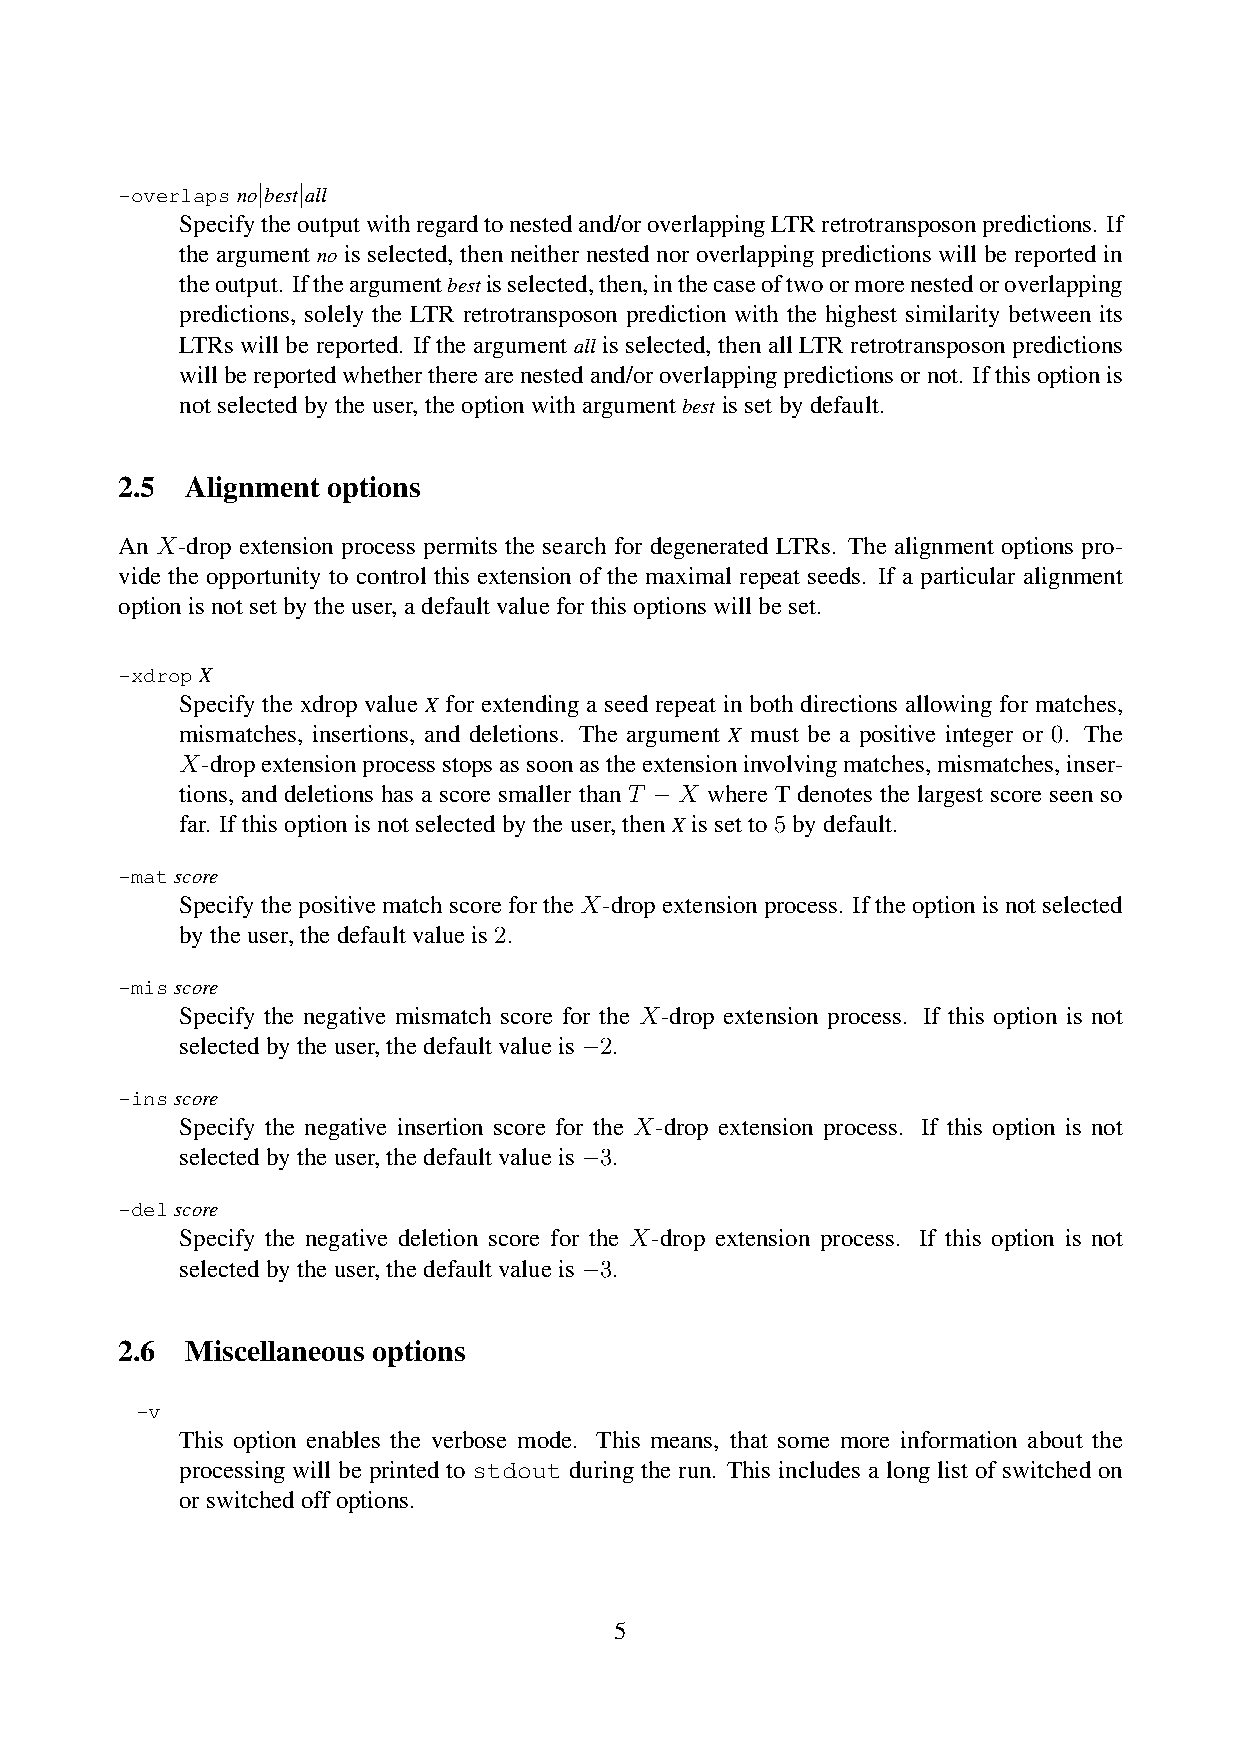
-overlapsno|best|all
 Specifytheoutputwithregardtonestedand/oroverlappingLTRretrotransposonpredictions. If
 the argument no is selected, then neither nested nor overlapping predictions will be reported in
 theoutput. Iftheargumentbestisselected,then,inthecaseoftwoormorenestedoroverlapping
 predictions, solely the LTR retrotransposon prediction with the highest similarity between its
 LTRs will be reported. If the argument all is selected, then all LTR retrotransposon predictions
 willbereportedwhethertherearenestedand/oroverlappingpredictionsornot. Ifthisoptionis
 notselectedbytheuser,theoptionwithargumentbest issetbydefault.
 2.5 Alignment options
 An X-drop extension process permits the search for degenerated LTRs. The alignment options pro-
 vide the opportunity to control this extension of the maximal repeat seeds. If a particular alignment
 optionisnotsetbytheuser,adefaultvalueforthisoptionswillbeset.
 -xdropX
 Specify the xdrop value X for extending a seed repeat in both directions allowing for matches,
 mismatches, insertions, and deletions. The argument X must be a positive integer or 0. The
 X-dropextensionprocessstopsassoonastheextensioninvolvingmatches,mismatches,inser-
 tions, and deletions has a score smaller than T −X where T denotes the largest score seen so
 far. Ifthisoptionisnotselectedbytheuser,thenX issetto5bydefault.
 -matscore
 SpecifythepositivematchscorefortheX-dropextensionprocess. Iftheoptionisnotselected
 bytheuser,thedefaultvalueis2.
 -misscore
 Specify the negative mismatch score for the X-drop extension process. If this option is not
 selectedbytheuser,thedefaultvalueis−2.
 -insscore
 Specify the negative insertion score for the X-drop extension process. If this option is not
 selectedbytheuser,thedefaultvalueis−3.
 -delscore
 Specify the negative deletion score for the X-drop extension process. If this option is not
 selectedbytheuser,thedefaultvalueis−3.
 2.6 Miscellaneous options
 -v
 This option enables the verbose mode. This means, that some more information about the
 processing will be printed to stdout during the run. This includes a long list of switched on
 orswitchedoffoptions.
 5